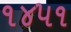
૧૪૫૧